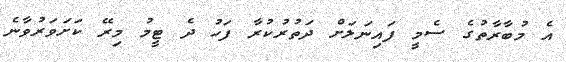
އެ މުބާރާތުގެ ސެމީ ފައިނަލަށް ދަތުރުކުރާ ފަހު ދެ ޓީމު މިރޭ ކަށަވަރުވާނެ